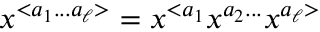
x ^ { < a _ { 1 } . . . a _ { \ell } > } = x ^ { < a _ { 1 } } x ^ { a _ { 2 } . . . } x ^ { a _ { \ell } > }